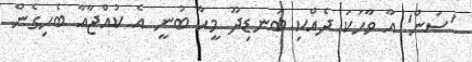
'ސަން' އާ ވާހަކަ ދެއްކި ބަނޑިދޫ މީހާ ބުނީ އެ ކުއްޖާއާ ބެހިގެން